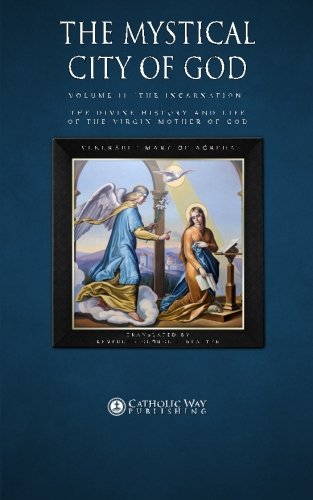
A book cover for The Mystical City of God, Volume II "The Incarnation": The Divine History and Life of the Virgin Mother of God (Volumes 1 to 4) (Volume 2); Venerable Mary of Agreda; Christian Books & Bibles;